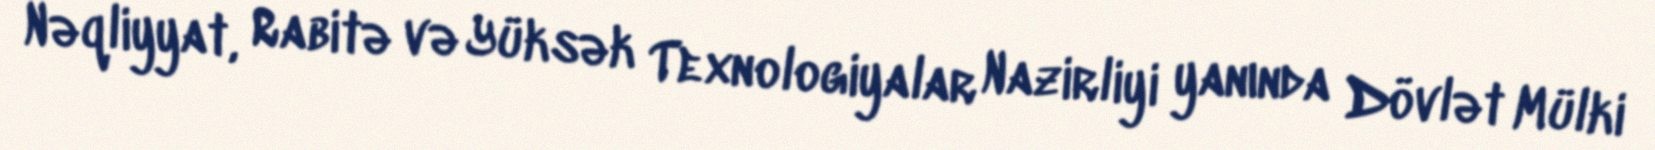
Nəqliyyat, Rabitə və Yüksək Texnologiyalar Nazirliyi yanında Dövlət Mülki